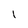
Character: l